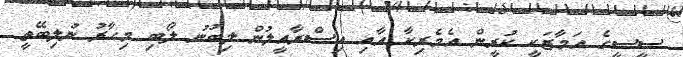
ސީސީގެ އަމާޒަކީ ކުރީން އެމެރިކާ އާއި އިސްރާއީލުން ލިބުނު ލޯބި މިހާރު ނުލިބޭތީ